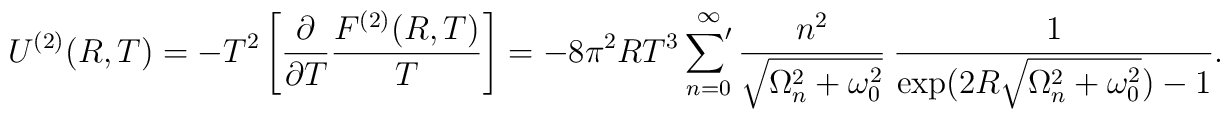
U^{(2)}(R,T)=-T^2\left[\frac{\partial}{\partial T}\frac{F^{(2)}(R,T)}{T}\right]=-8\pi^2 R T^3\mathop{{\sum}'}\limits_{n=0}^{\infty}\frac{n^2}{\sqrt{\Omega_n^2+\omega_0^2}}~\frac{1}{\exp(2R\sqrt{\Omega_n^2+\omega_0^2}) -1}.